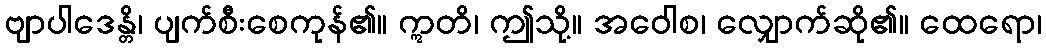
ဗျာပါဒေန္တိ၊ ပျက်စီးစေကုန်၏။ ဣတိ၊ ဤသို့။ အဝေါစ၊ လျှောက်ဆို၏။ ထေရော၊